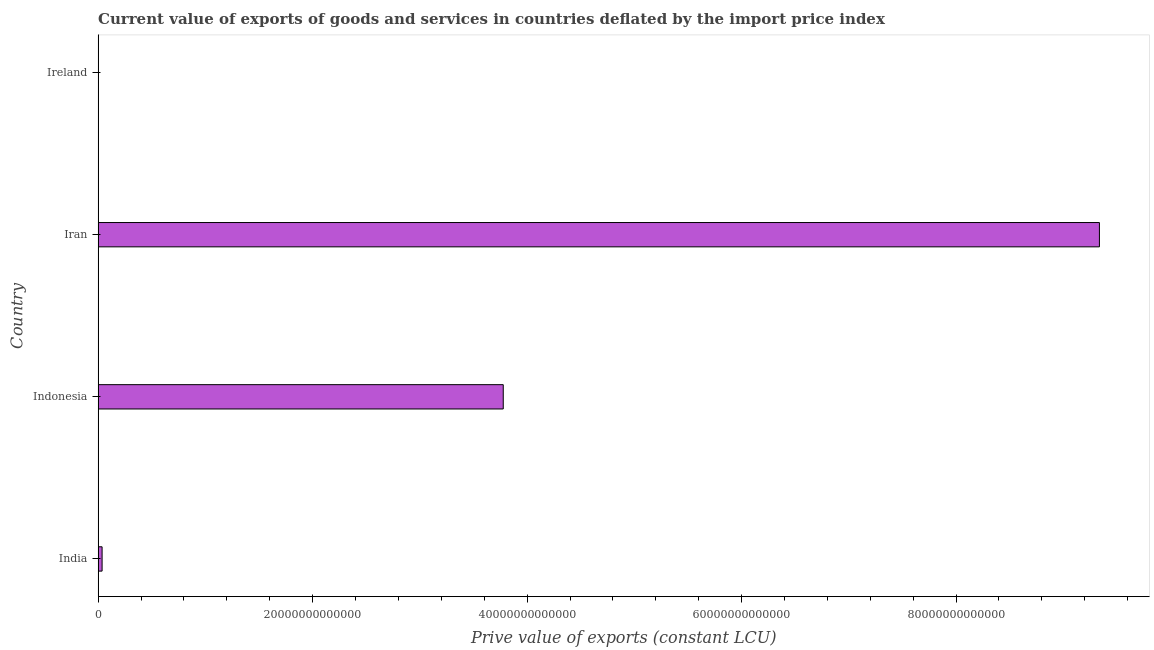
| Country | Exports as a capacity to import (constant LCU) |
 | --- | --- |
 | India | 3.71e+11 |
 | Indonesia | 3.78e+13 |
 | Iran | 9.34e+13 |
 | Ireland | 6.13e+09 |